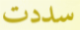
سددت